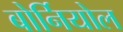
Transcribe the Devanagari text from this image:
बोर्नियोल